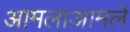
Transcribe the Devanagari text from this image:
आमलाआमले